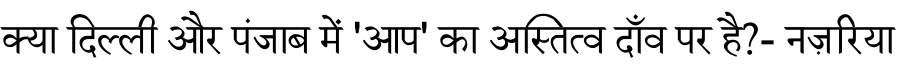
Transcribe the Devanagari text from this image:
क्या दिल्ली और पंजाब में 'आप' का अस्तित्व दाँव पर है?- नज़रिया